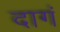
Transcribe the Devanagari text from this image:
दागं